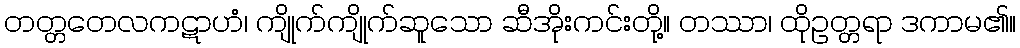
တတ္တတေလကဋာဟံ၊ ကျိုက်ကျိုက်ဆူသော ဆီအိုးကင်းတို့။ တဿာ၊ ထိုဥတ္တရာ ဒကာမ၏။